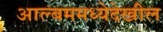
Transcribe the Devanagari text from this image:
आल्बममध्येदेखील